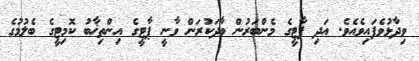
ވިދާޅުވެފައިވެއެވެ. އަދި ޕާޓީގެ މެންބަރުން ވާދަކުރަން ވާނީ ޕާޓީގެ އިންތިޚާބު ކޮމިޓީގެ ބެލުމުގެ